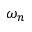
\omega _ { n }